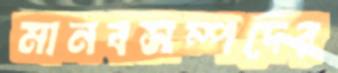
মানবসম্পদের